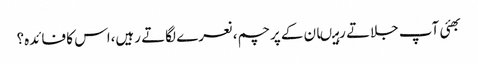
بھئی آپ جلاتے رہیںان کے پرچم،نعرے لگاتے رہیں،اس کا فائدہ؟